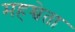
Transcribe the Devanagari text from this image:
महश्वेता